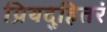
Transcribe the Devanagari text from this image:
प्रियदुहितरं